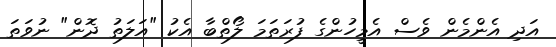
އަދި އެންމެން ވެސް އެމީހުންގެ ފުރަތަމަ ލޯތްބާ އެކު "އަލަތު ދޮން" ނުވަތަ